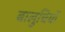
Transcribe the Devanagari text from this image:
बालुचियों